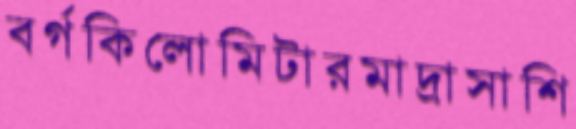
বর্গকিলোমিটারমাদ্রাসাশি